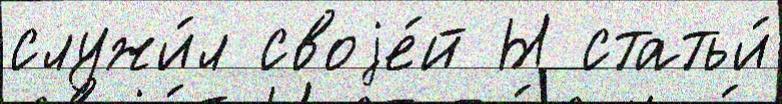
служи́л своjе́й Ы статьи́